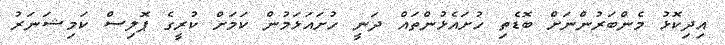
އިދިކޮޅު މެންބަރުންނަށް ބޮޑެތި ހުށައެޅުންތައް ދަނީ ހުށައަޅަމުން ކަމަށް ކުރީގެ ޕޮލިސް ކަމިޝަނަރު